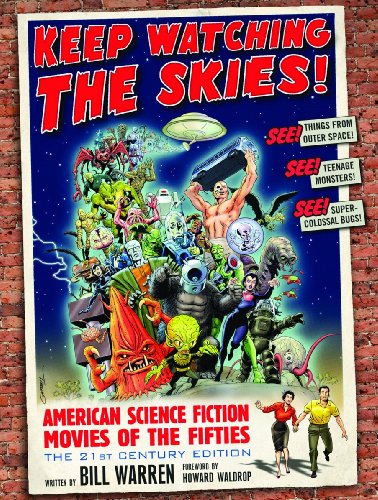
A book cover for Keep Watching the Skies! American Science Fiction Movies of the Fifties, The 21st Century Edition; Bill Warren; Humor & Entertainment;